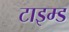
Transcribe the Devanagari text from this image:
टाइम्ड